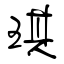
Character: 琪